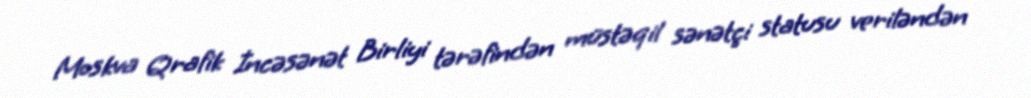
Moskva Qrafik İncəsənət Birliyi tərəfindən müstəqil sənətçi statusu veriləndən